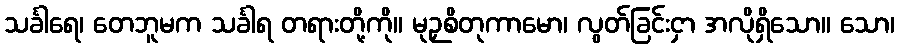
သင်္ခါရေ၊ တေဘူမက သင်္ခါရ တရားတို့ကို။ မုဉှစိတုကာမော၊ လွတ်ခြင်းငှာ အလိုရှိသော။ သော၊